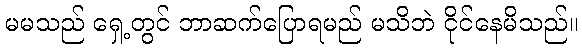
မမသည် ရှေ့တွင် ဘာဆက်ပြောရမည် မသိဘဲ ငိုင်နေမိသည်။